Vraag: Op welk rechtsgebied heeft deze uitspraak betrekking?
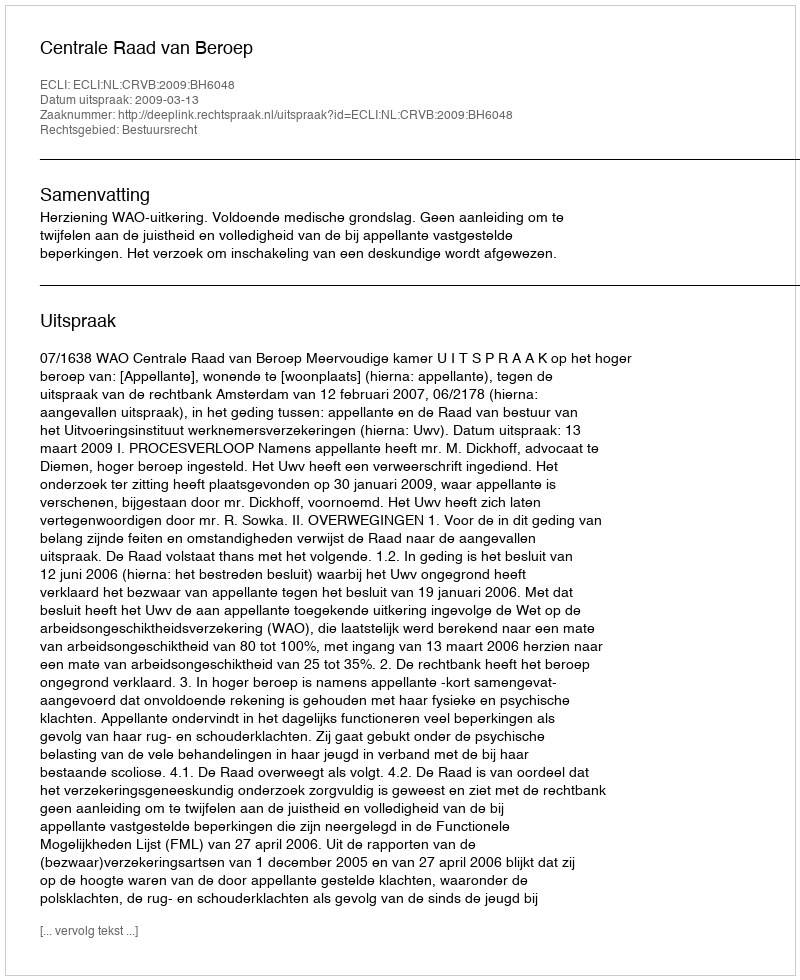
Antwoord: Bestuursrecht